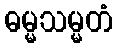
ဓမ္မသမ္မတံ